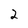
Character: 2